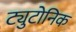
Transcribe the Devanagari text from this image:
ट्युटोनिक